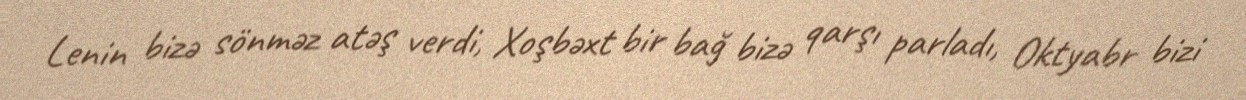
Lenin bizə sönməz atəş verdi, Xoşbəxt bir bağ bizə qarşı parladı, Oktyabr bizi